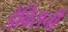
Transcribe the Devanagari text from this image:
डेविसची